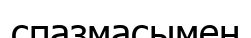
спазмасымен